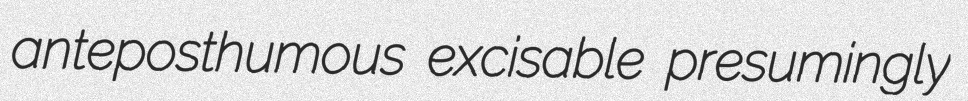
anteposthumous excisable presumingly